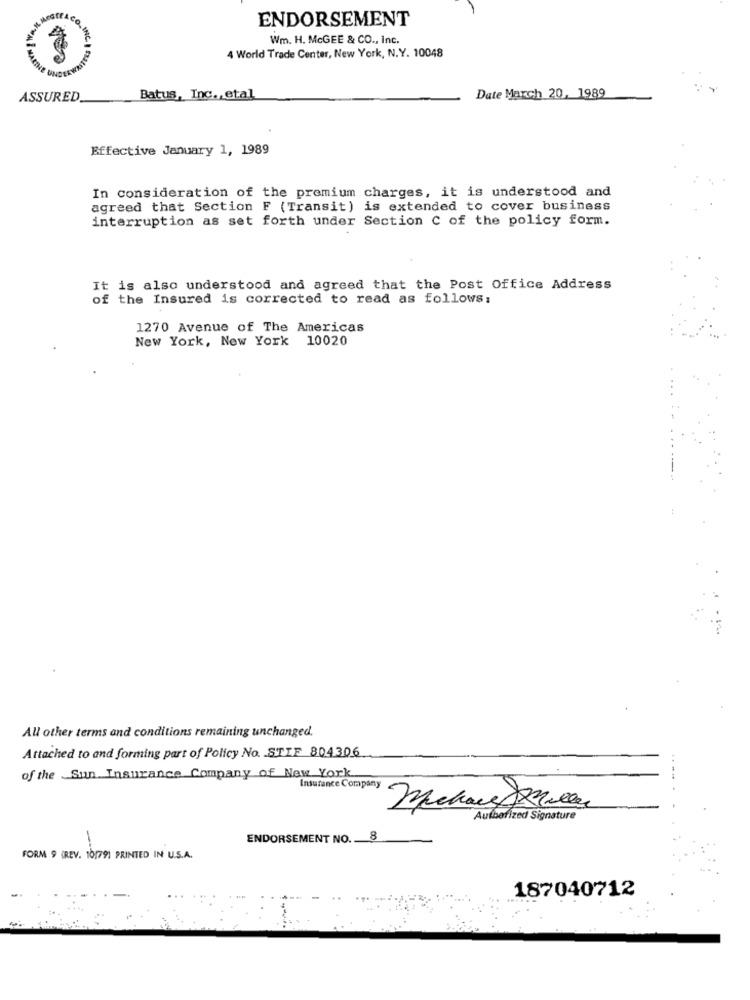
ENDORSEMENT
Wm. H. McGEE & CO ., inc.
4 World Trade Center, New York, N.Y. 10048
ASSURED
Batus, Inc ., etal
Date March 20, 1989
Effective January 1, 1989
In consideration of the premium charges, it is understood and
agreed that Section F (Transit) is extended to cover business
interruption as set forth under Section C of the policy form.
It is also understood and agreed that the Post Office Address
of the Insured is corrected to read as follows:
1270 Avenue of The Americas
New York, New York 10020
All other terms and conditions remaining unchanged.
Attached to and forming part of Policy No. STIF 804306
of the Sun Insurance Company of New York
Insurance Company
Muchas twee
Authorized Signature
ENDORSEMENT NO. 8
FORM 9 (REV. 10179) PRINTED IN U.S.A.
187040712